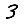
Digit: 3